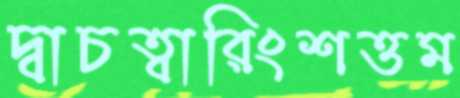
দ্বাচত্বারিংশত্তম